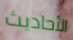
الأحاديث